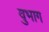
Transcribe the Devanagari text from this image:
वुभाग